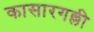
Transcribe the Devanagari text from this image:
कासारगल्ली